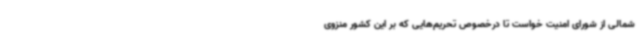
شمالی از شورای امنیت خواست تا درخصوص تحریم‌هایی که بر این کشور منزوی